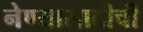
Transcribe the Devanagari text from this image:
नेण्यासाठीची